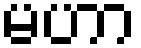
မဟာ